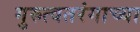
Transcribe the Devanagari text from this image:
गुरुत्वतरंगाच्या